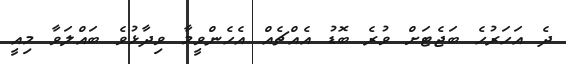
ދެ އަހަރުހެ ބަޖެޓަށް ވުރެ ބޮޑު އެއްޗެއް އެހެންވީމާ ވިދާޅުވެ ބައްލަވާ މިއީ